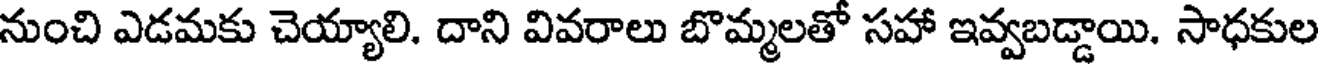
నుంచి ఎడమకు చెయ్యాలి. దాని వివరాలు బొమ్మలతో సహా ఇవ్వబడ్డాయి. సాధకుల